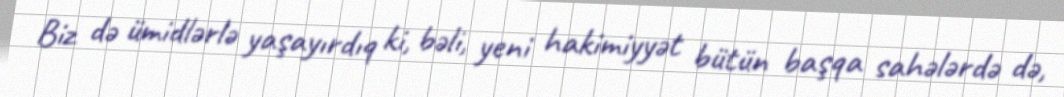
Biz də ümidlərlə yaşayırdıq ki, bəli, yeni hakimiyyət bütün başqa sahələrdə də,